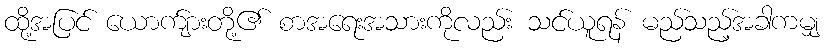
ထို့အပြင် ယောက်ျားတို့၏ စာအရေးအသားကိုလည်း သင်ယူရန် မည်သည့်အခါကမျှ